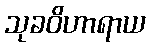
သုခဝိဟာရာယ